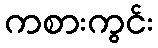
ကစားကွင်း